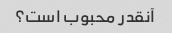
آنقدر محبوب است؟